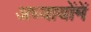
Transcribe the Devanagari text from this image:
अध्यायोंमें